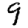
Digit: 9